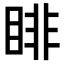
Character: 𥇪